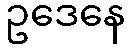
ဥဒေနေ